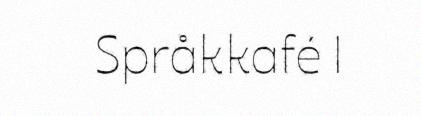
Språkkafé |